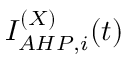
I _ { A H P , i } ^ { ( X ) } ( t )